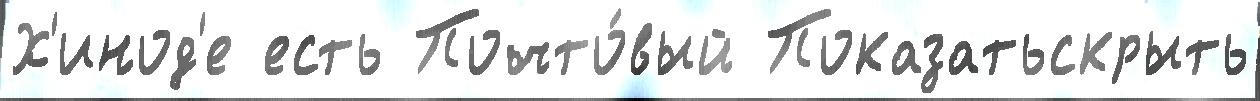
Х'инод'е есть Почто́вый Показатьскрыть